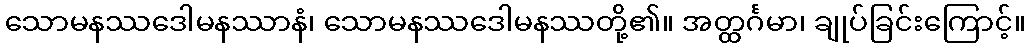
သောမနဿဒေါမနဿာနံ၊ သောမနဿဒေါမနဿတို့၏။ အတ္ထင်္ဂမာ၊ ချုပ်ခြင်းကြောင့်။